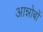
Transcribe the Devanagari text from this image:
आन्नोबों